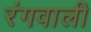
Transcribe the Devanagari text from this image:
रंगवाली